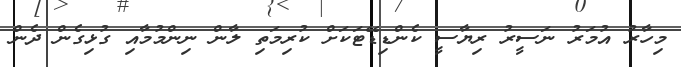
މިހާރު އުމަރު ނަސީރު ރިޔާސީ ކެންޑިޑޭޓަކަށް ކުރިމަތި ލާން ނިންމުމާއި ގުޅިގެން ދެން